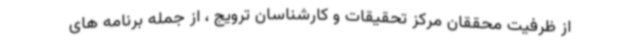
از ظرفیت محققان مرکز تحقیقات و کارشناسان ترویج ، از جمله برنامه های